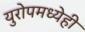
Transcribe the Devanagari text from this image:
युरोपमध्येही